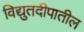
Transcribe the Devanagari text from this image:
विद्युतदीपातील